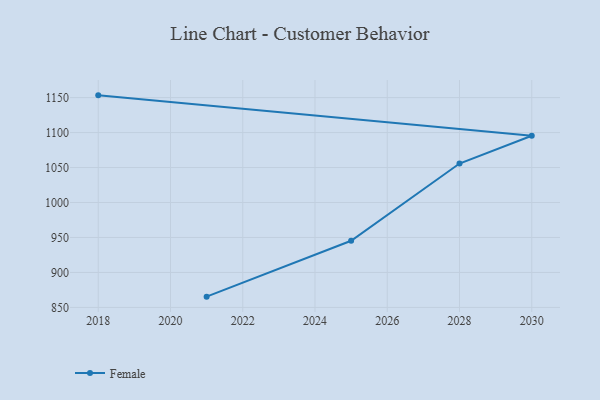
{"axis": {"x": "Year", "y": "Tickets Resolved"}, "legend": ["Female"], "data": [{"x": "2021", "y": 865.4, "type": "Female"}, {"x": "2025", "y": 945.3, "type": "Female"}, {"x": "2028", "y": 1055.7, "type": "Female"}, {"x": "2030", "y": 1095.4, "type": "Female"}, {"x": "2018", "y": 1153.2, "type": "Female"}]}